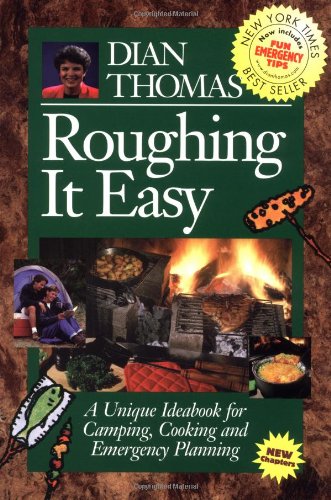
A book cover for Roughing It Easy : A Unique Ideabook for Camping and Cooking; Dian Thomas; Cookbooks, Food & Wine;